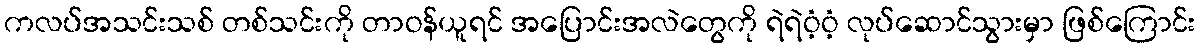
ကလပ်အသင်းသစ် တစ်သင်းကို တာဝန်ယူရင် အပြောင်းအလဲတွေကို ရဲရဲဝံ့ဝံ့ လုပ်ဆောင်သွားမှာ ဖြစ်ကြောင်း